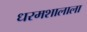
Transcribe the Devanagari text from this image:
धरमशालाला